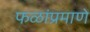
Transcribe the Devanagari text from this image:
फळांप्रमाणे